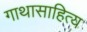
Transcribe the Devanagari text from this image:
गाथासाहित्य